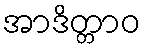
အာဒိတ္တာဝ